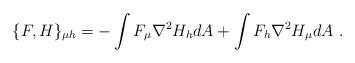
LaTeX: \begin{align*}\{ F, H \}_{\mu h} = - \int F_{\mu} \nabla^2 H_h dA + \int F_h \nabla^2 H_{\mu} dA~.\end{align*}